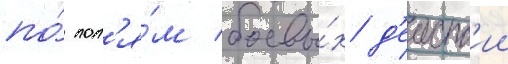
по́ пол'я́м боевы́х д'еиств'ии